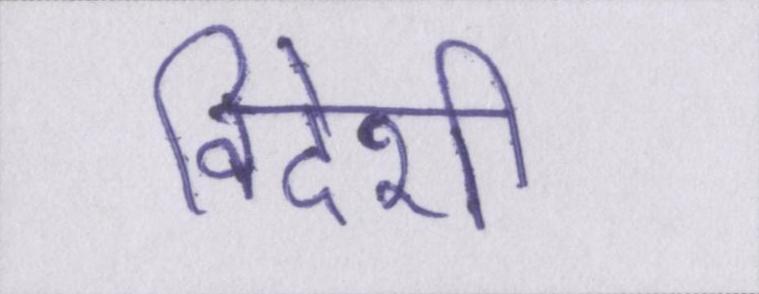
विदेशी